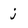
Character: j